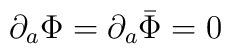
\partial_a\Phi = \partial_a\bar{\Phi} = 0